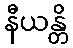
နီယန္တိ